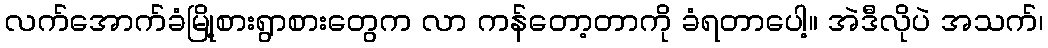
လက်အောက်ခံမြို့စားရွာစားတွေက လာ ကန်တော့တာကို ခံရတာပေါ့။ အဲဒီလိုပဲ အသက်၊